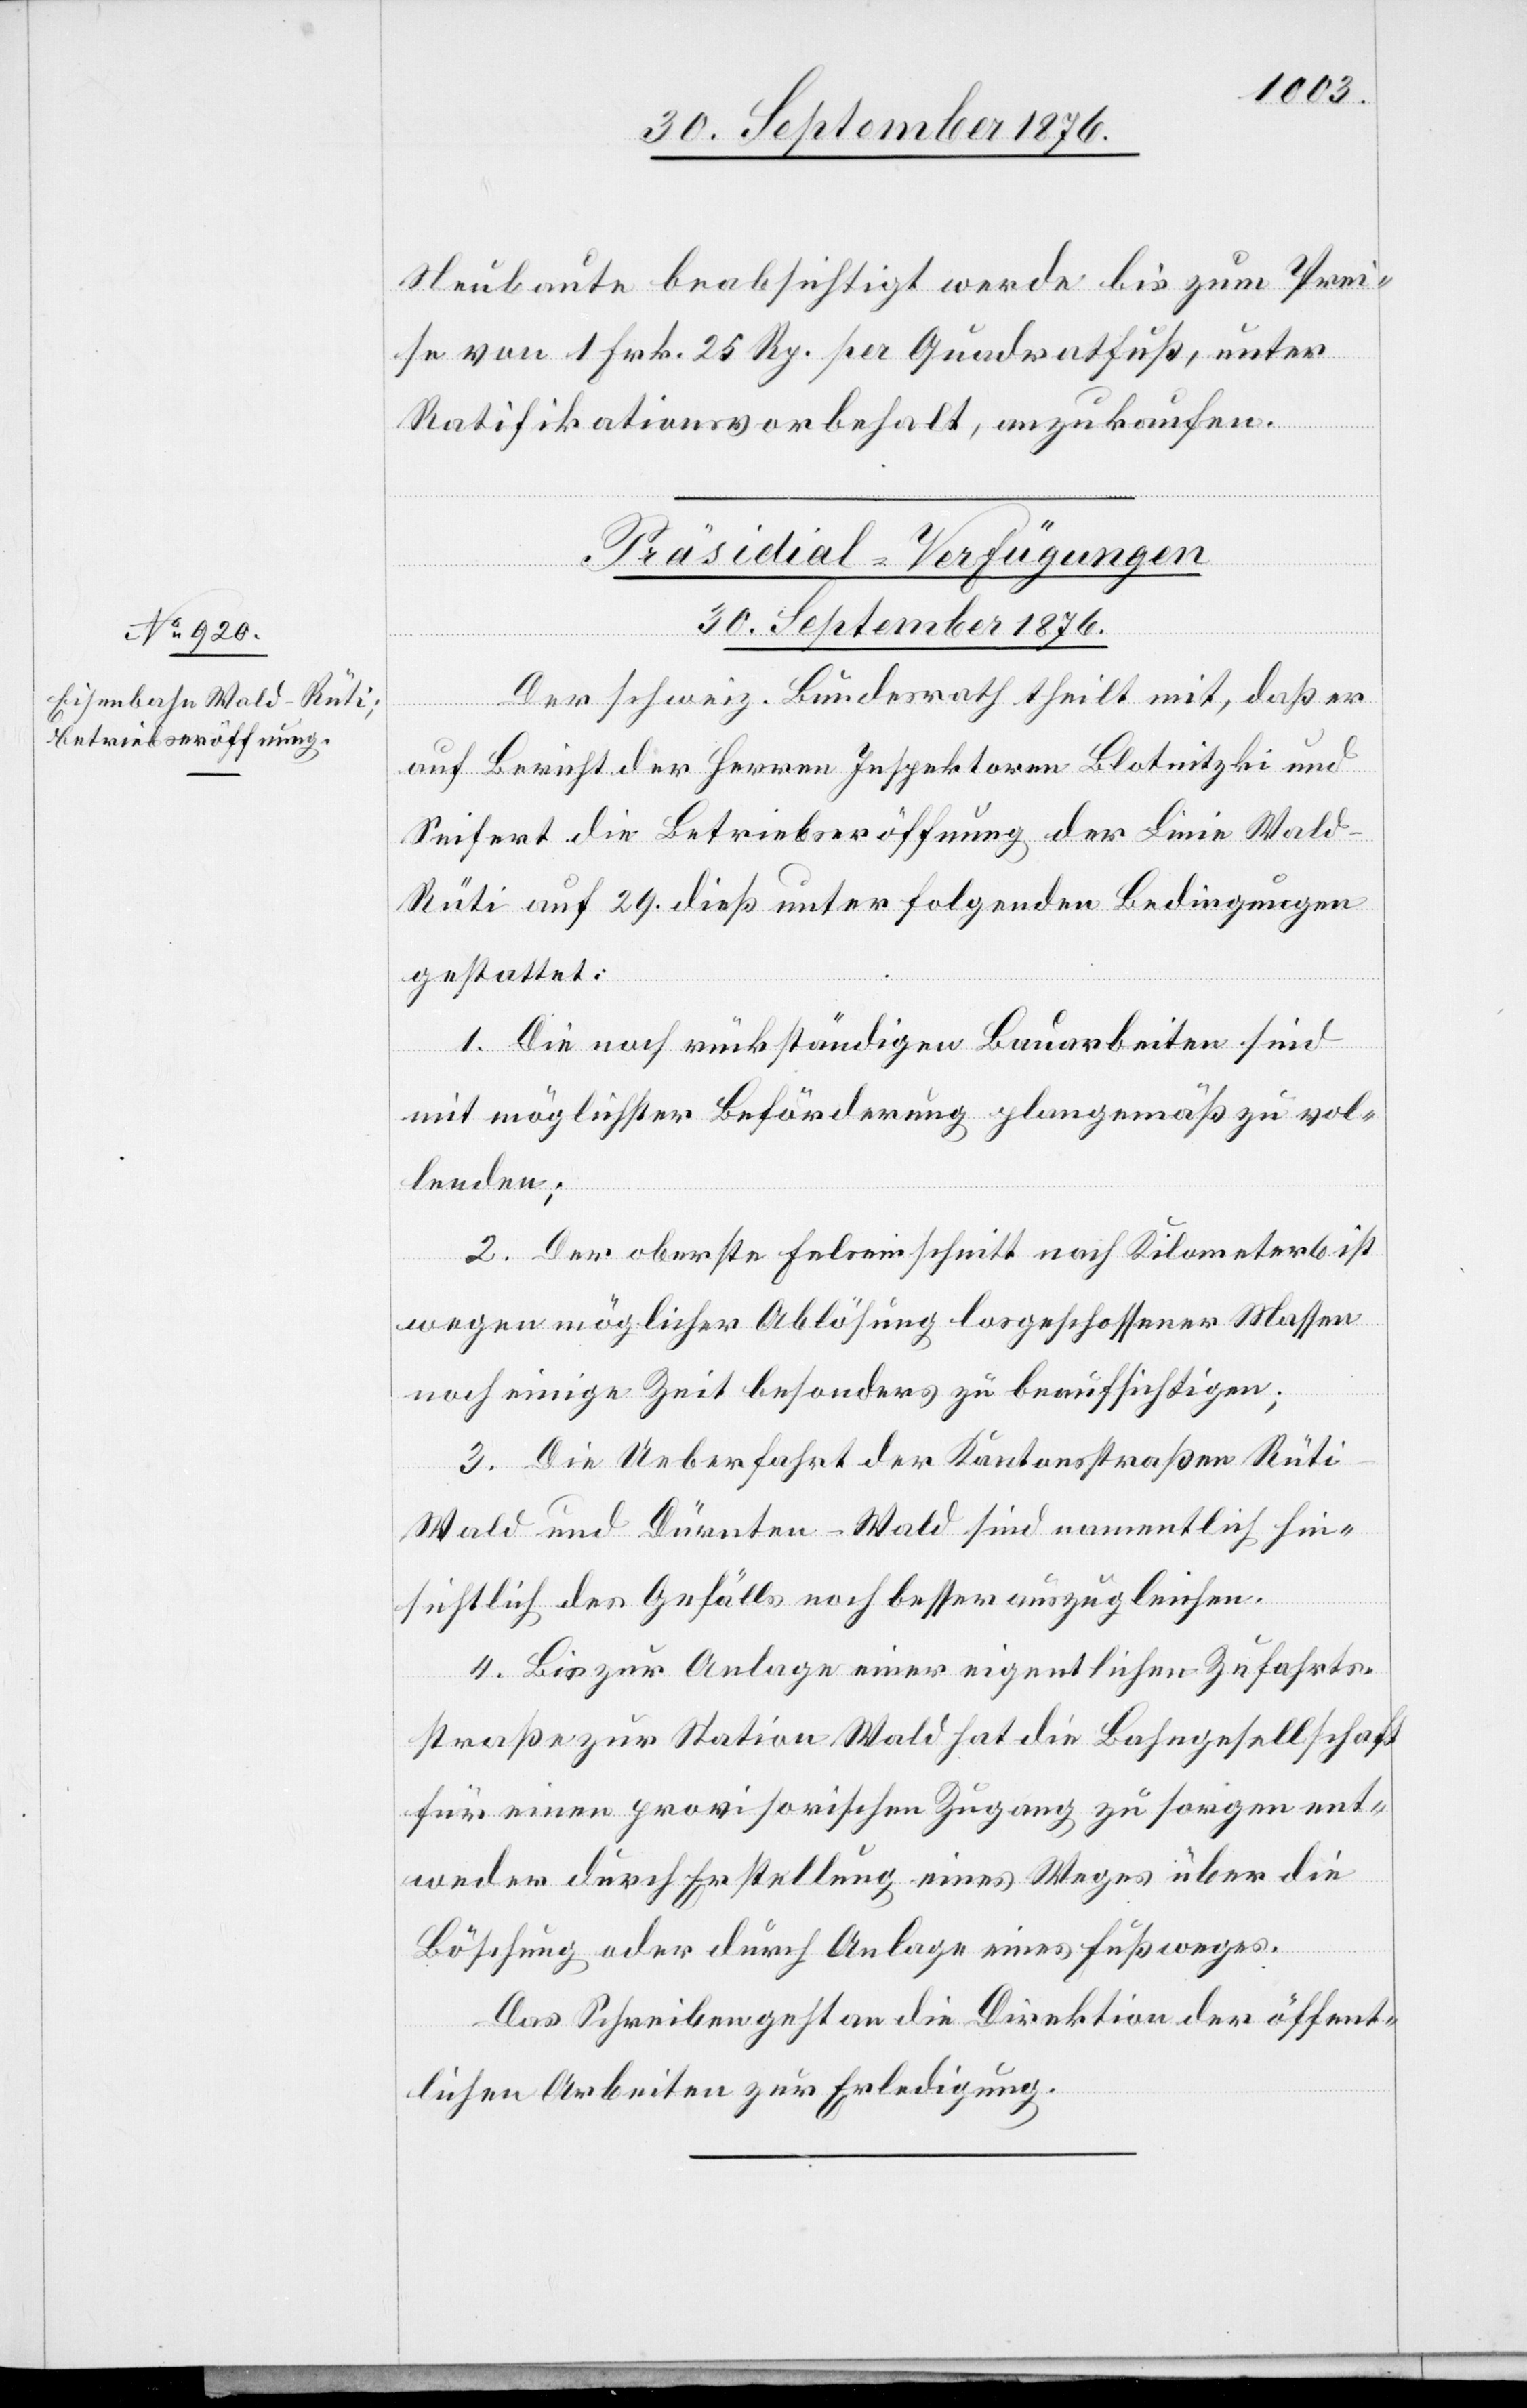
30. September 1876.
Neubaute beabsichtigt werde bis zum Prei¬
se von 1 Frk. 25 Rp. per Quadratfuß, unter
Ratifikationsvorbehalt, anzukaufen.
Präsidial-Verfügungen
Der schweiz. Bundesrath theilt mit, daß er
auf Bericht der Herren Inspektoren Blotuitzki und
Seifert die Betriebseröffnung der Linie Wald–R¬
üti auf 29. dieß unter folgenden Bedingungen
gestattet:
1. Die noch rückständigen Bauarbeiten sind
mit möglichster Beförderung plangemäß zu vol¬
lenden;
2. Der oberste Felseinschnitt nach Kilometer 6 ist
wegen möglicher Ablösung losgeschossener Massen
noch einige Zeit besonders zu beaufsichtigen;
3. Die Ueberfahrt der Kantonsstraßen Rüt¬
i–Wald und Dürnten–Wald sind namentlich hin¬
sichtlich des Gefälls noch besser auszugleichen.
4. Bis zur Anlage einer eigentlichen Zufahrts¬
straße zur Station Wald hat die Bahngesellschaft
für einen provisorischen Zugang zu sorgen ent¬
weder durch Erstellung eines Weges über die
Böschung oder durch Anlage eines Fußweges.
Das Schreiben geht an die Direktion der öffent¬
lichen Arbeiten zur Erledigung.